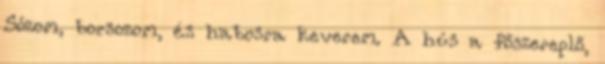
Sózom, borsozom, és habosra keverem. A hús a főszereplő,